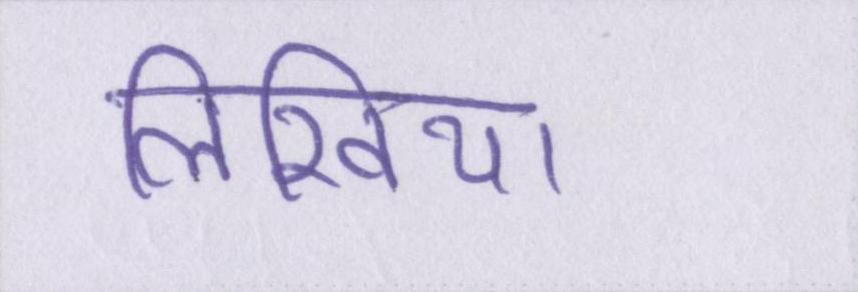
लिखिया